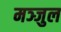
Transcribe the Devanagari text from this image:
मञ्जुल